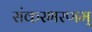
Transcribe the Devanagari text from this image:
संकरभरणम्